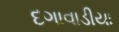
દગાવાડીયા